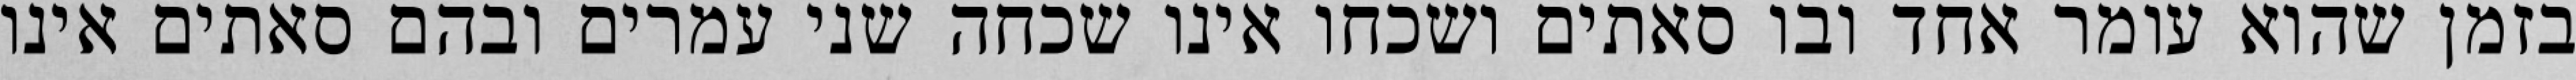
בזמן שהוא עומר אחד ובו סאתים ושכחו אינו שכחה שני עמרים ובהם סאתים אינו